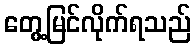
တွေ့မြင်လိုက်ရသည်